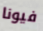
فيونا